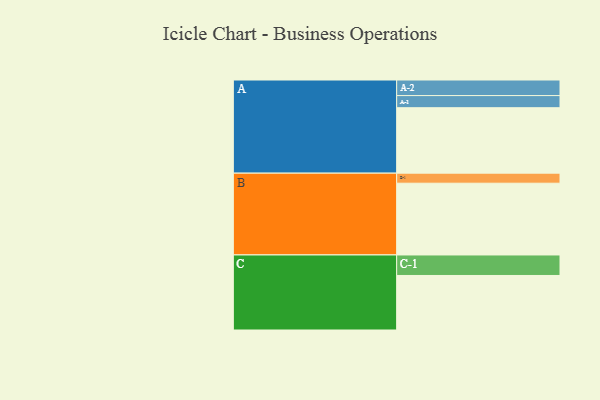
{"axis": {"x": "Segment", "y": "Value"}, "legend": ["", "A", "B", "C"], "data": [{"x": "A", "y": 437, "type": ""}, {"x": "B", "y": 479, "type": ""}, {"x": "C", "y": 364, "type": ""}, {"x": "A-1", "y": 81, "type": "A"}, {"x": "A-2", "y": 104, "type": "A"}, {"x": "B-1", "y": 67, "type": "B"}, {"x": "C-1", "y": 137, "type": "C"}]}